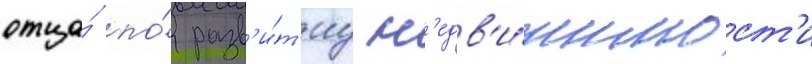
отца́ по́ разв'и́т'иу н'едв'и́жимост'и